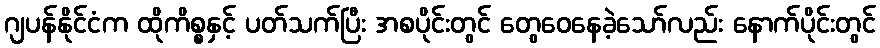
ဂျပန်နိုင်ငံက ထိုကိစ္စနှင့် ပတ်သက်ပြီး အစပိုင်းတွင် တွေဝေနေခဲ့သော်လည်း နောက်ပိုင်းတွင်